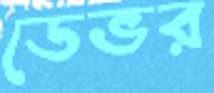
ডেভর